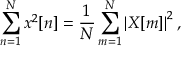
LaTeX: \sum _ { n = 1 } ^ { N } { x ^ { 2 } [ n ] } = { \frac { 1 } { N } } \sum _ { m = 1 } ^ { N } \left| X [ m ] \right| ^ { 2 } ,